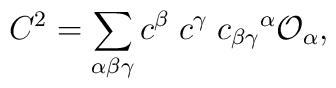
C^2=\sum _{\alpha \beta \gamma} c^{\beta}\; c^{\gamma}\; c_{\beta \gamma}{}^{\alpha}{\cal O}_{\alpha},